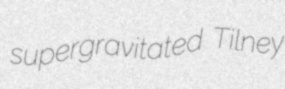
supergravitated Tilney